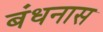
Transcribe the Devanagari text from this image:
बंधनास